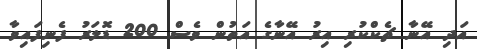
އަދި އޭނާ ޗެކްކުރި އިރު އޭނާގެ އަތުން ވެސް 200 ޑޮލަރު ފެނިފައިވާ